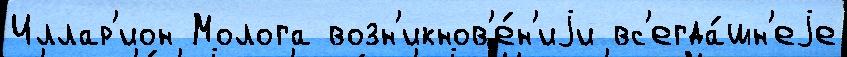
Иллар'ион Молога возн'икнов'е́н'иjи вс'егда́шн'еjе